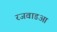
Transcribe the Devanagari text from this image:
रजवाडआ